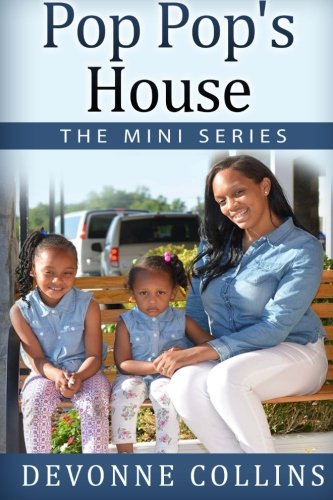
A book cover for Pop Pop's House - The Mini Series (Volume 1); Mr DeVonne Collins; Parenting & Relationships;